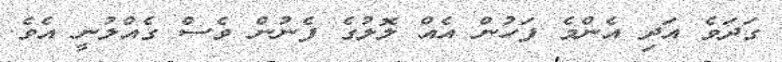
ގަދަވެ އަދި އެންމެ ފަހުން އެއް ލޮލުގެ ފެނުން ވެސް ގެއްލުނީ އެވެ.